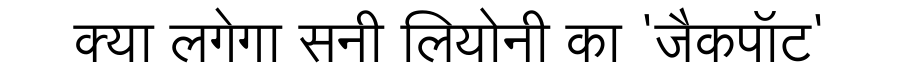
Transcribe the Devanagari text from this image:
क्या लगेगा सनी लियोनी का 'जैकपॉट'